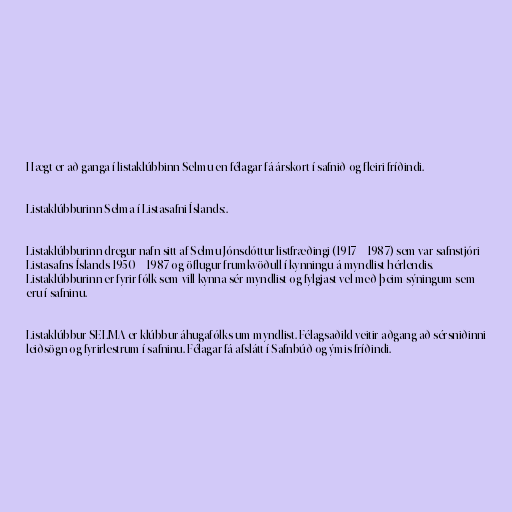
Hægt er að ganga í listaklúbbinn Selmu en félagar fá árskort í safnið og fleiri fríðindi.

Listaklúbburinn Selma í Listasafni Íslands:.

Listaklúbburinn dregur nafn sitt af Selmu Jónsdóttur listfræðingi (1917 – 1987) sem var safnstjóri
Listasafns Íslands 1950 – 1987 og öflugur frumkvöðull í kynningu á myndlist hérlendis.
Listaklúbburinn er fyrir fólk sem vill kynna sér myndlist og fylgjast vel með þeim sýningum sem
eru í safninu.

Listaklúbbur SELMA er klúbbur áhugafólks um myndlist. Félagsaðild veitir aðgang að sérsniðinni
leiðsögn og fyrirlestrum í safninu. Félagar fá afslátt í Safnbúð og ýmis fríðindi.